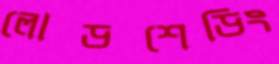
লোডশেডিং